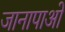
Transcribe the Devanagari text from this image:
जानापाओ